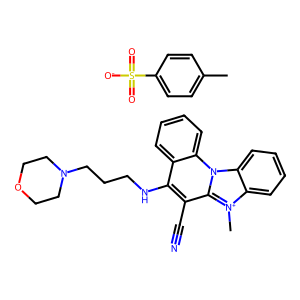
SMILES: C[n+]1c2ccccc2n2c3ccccc3c(NCCCN3CCOCC3)c(C#N)c21.Cc1ccc(S(=O)(=O)[O-])cc1
Inhibits HIV replication: No